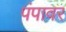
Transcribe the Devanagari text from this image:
पंपावर